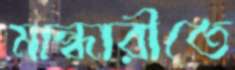
মান্ধারীতে